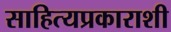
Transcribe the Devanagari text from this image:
साहित्यप्रकाराशी